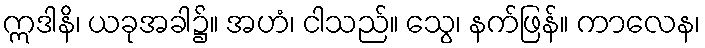
ဣဒါနိ၊ ယခုအခါ၌။ အဟံ၊ ငါသည်။ သွေ၊ နက်ဖြန်။ ကာလေန၊